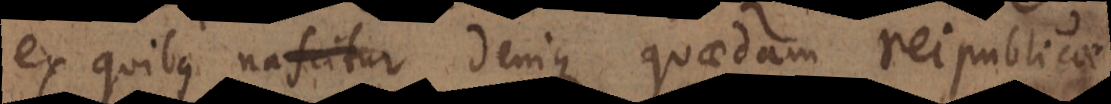
ex quibus nascitur denique quaedam reipublicae